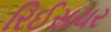
રિઈસચર